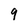
Character: 9